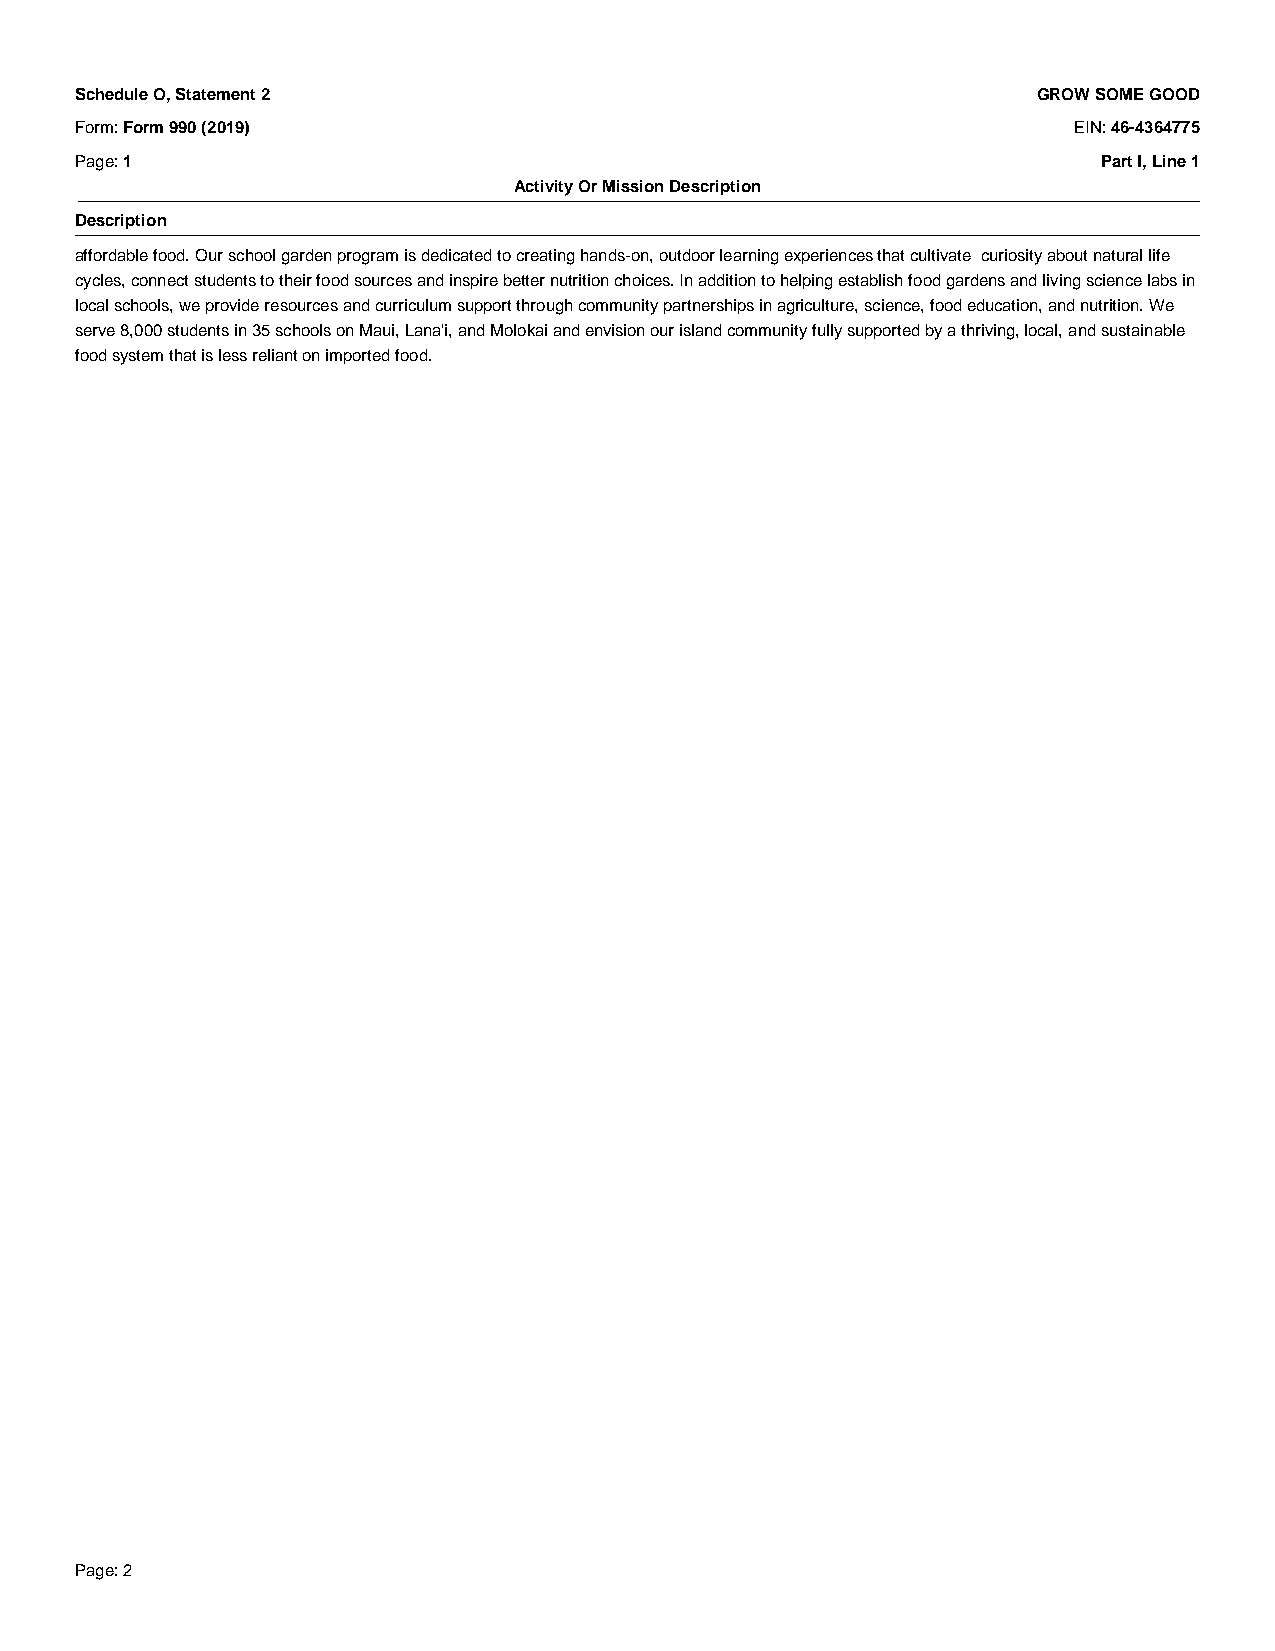
Schedule O, Statement 2                                         GROW SOME GOOD
 Form: Form 990 (2019)                                             EIN: 46-4364775
 Page: 1                                                             Part I, Line 1
 Activity Or Mission Description
 _
 Description
 _
 affordable food. Our school garden program is dedicated to creating hands-on, outdoor learning experiences that cultivate curiosity about natural life
 cycles, connect students to their food sources and inspire better nutrition choices. In addition to helping establish food gardens and living science labs in
 local schools, we provide resources and curriculum support through community partnerships in agriculture, science, food education, and nutrition. We
 serve 8,000 students in 35 schools on Maui, Lana'i, and Molokai and envision our island community fully supported by a thriving, local, and sustainable
 food system that is less reliant on imported food.
 _
 Page: 2